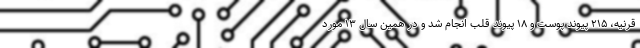
قرنیه، ۲۱۵ پیوند پوست و ۱۸ پیوند قلب انجام شد و در همین سال ۱۳ مورد